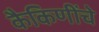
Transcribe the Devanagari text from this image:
कैकिणींचे